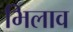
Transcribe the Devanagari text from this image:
भिलाव